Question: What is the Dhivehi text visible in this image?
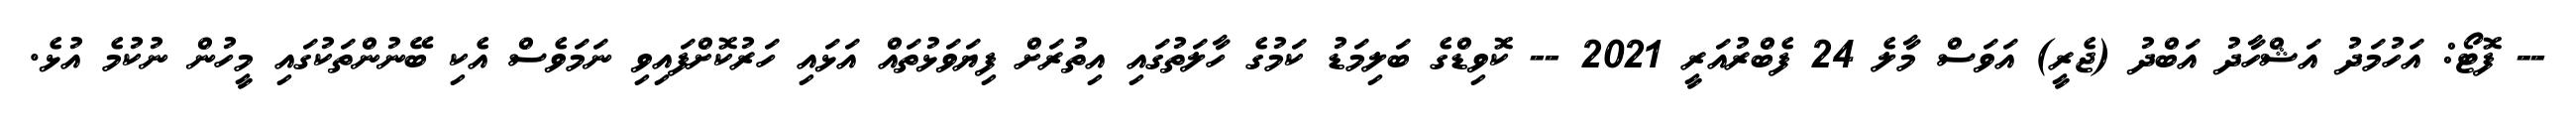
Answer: -- ފޮޓޯ: އަހުމަދު އަޝްހާދު އަބްދު (ޖެރީ) އަވަސް މާލެ 24 ފެބްރުއަރީ 2021 -- ކޮވިޑްގެ ބަލިމަޑު ކަމުގެ ހާލަތުގައި އިތުރަށް ފިޔަވަޅުތައް އަޅައި ހަރުކޮށްފައިވި ނަމަވެސް އެކި ބޭނުންތަކުގައި މީހުން ނުކުމެ އުޅެ.